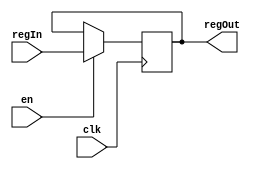
module register5 (clk, regIn, regOut , en);
  input clk, en;
  input [4:0] regIn;
  output reg [4:0] regOut;
  always @ (posedge clk)  begin
  if(en)
    begin
    regOut <= regIn;
    end
  end
endmodule // register